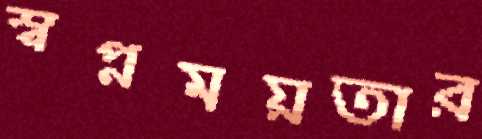
স্বপ্নময়তার